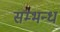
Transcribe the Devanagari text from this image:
सम्भन्ध